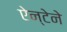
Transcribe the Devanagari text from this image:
ऐन्टेने